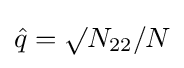
{\hat {q}}=\surd N_{22}/N